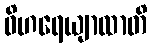
ဝိဟရေယျာထာတိ